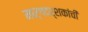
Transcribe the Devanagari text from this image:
मार्गदर्शकांची